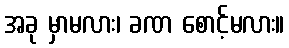
အခု မှာမလား၊ ခဏ စောင့်မလား။